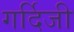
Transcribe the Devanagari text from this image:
गर्दिजी